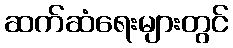
ဆက်ဆံရေးများတွင်